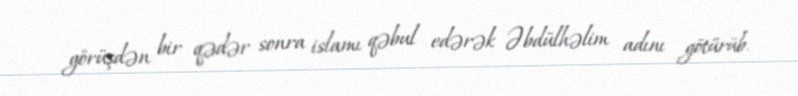
görüşdən bir qədər sonra islamı qəbul edərək Əbdülhəlim adını götürüb.